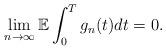
LaTeX: \begin{align*}\lim_{n\rightarrow \infty} \mathbb{E} \int_0^T g_n(t) dt = 0.\end{align*}